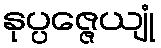
နုပ္ပဇ္ဇေယျုံ